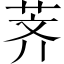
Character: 荠